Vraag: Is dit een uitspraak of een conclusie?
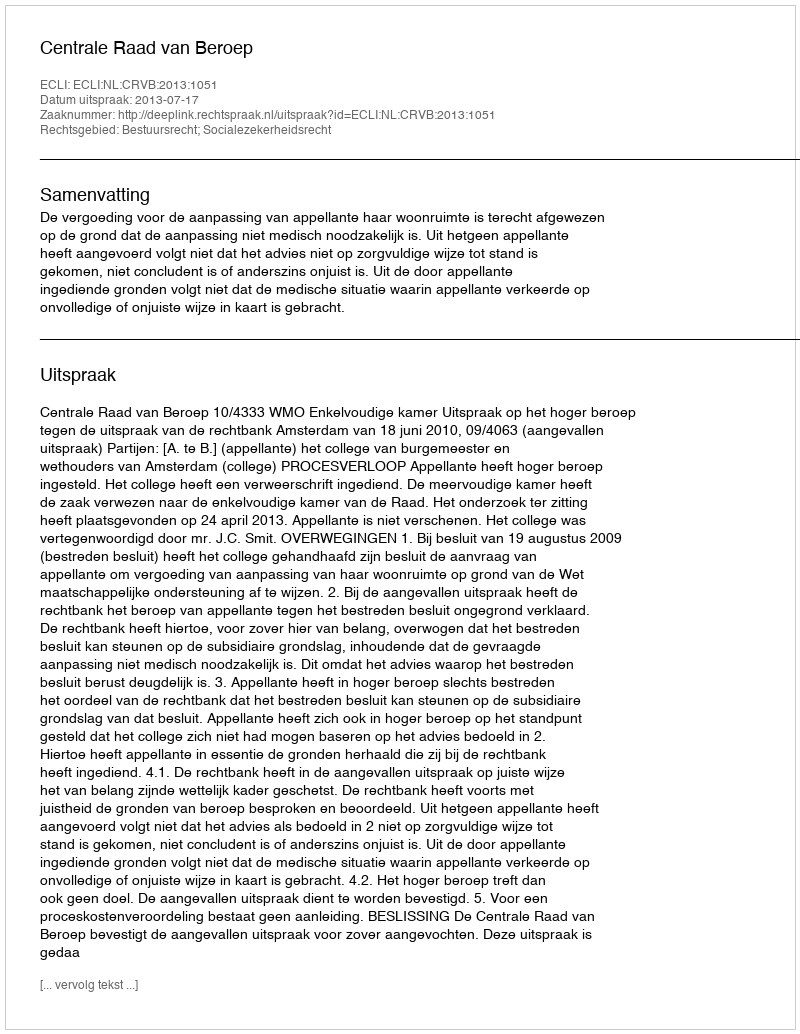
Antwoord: Uitspraak